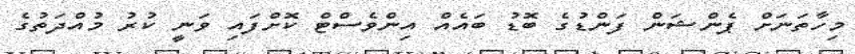
މިހާތަނަށް ޕެންޝަން ފަންޑުގެ ބޮޑު ބައެއް އިންވެސްޓް ކޮށްފައި ވަނީ ކުރު މުއްދަތުގެ